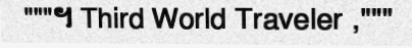
"""។ Third World Traveler ,"""